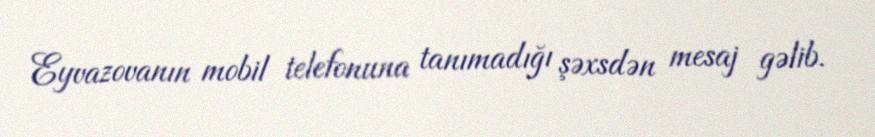
Eyvazovanın mobil telefonuna tanımadığı şəxsdən mesaj gəlib.